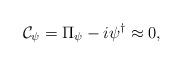
LaTeX: \begin{align*}{\cal C}_\psi = \Pi_\psi - i\psi^\dagger \approx 0,\end{align*}